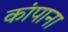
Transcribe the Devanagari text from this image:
कांपाना